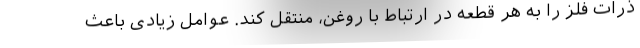
ذرات فلز را به هر قطعه در ارتباط با روغن، منتقل کند. عوامل زیادی باعث